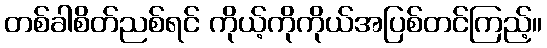
တစ်ခါစိတ်ညစ်ရင် ကိုယ့်ကိုကိုယ်အပြစ်တင်ကြည့်။